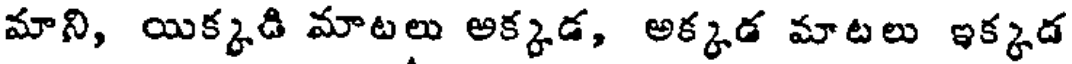
మాని, యిక్కడి మాటలు అక్కడ, అక్కడ మాటలు ఇక్కడ